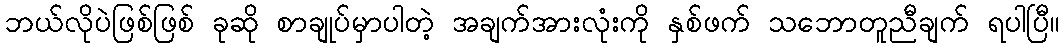
ဘယ်လိုပဲဖြစ်ဖြစ် ခုဆို စာချုပ်မှာပါတဲ့ အချက်အားလုံးကို နှစ်ဖက် သဘောတူညီချက် ရပါပြီ။